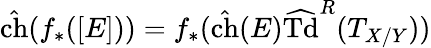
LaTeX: {\hat{\mathrm{ch}}}(f_{*}([E]))=f_{*}({\hat{\mathrm{ch}}}(E){\widehat{\mathrm{Td}}}^{R}(T_{X/Y}))